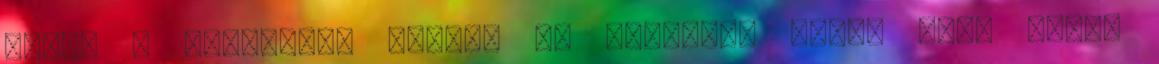
ember a Beatlest, hiszen az együttes korai évei előtt